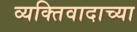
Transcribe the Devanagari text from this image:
व्यक्तिवादाच्या